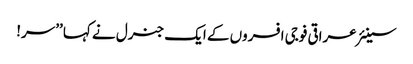
سینئر عراقی فوجی افسروں کے ایک جنرل نے کہا ’’سر!